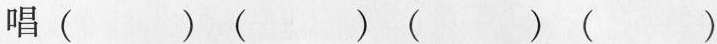
唱（ ）（ ）（ ）（ ）